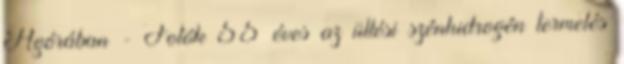
Agórában - Fotók 55 éves az üllési szénhidrogén termelés